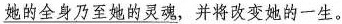
\underline{她的全身乃至她的灵魂}，并将改变她的一生。